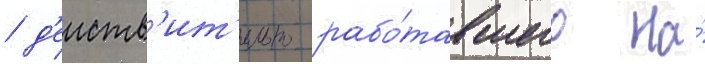
/ д'еиств'ит'ельно рабо́тавшего на́